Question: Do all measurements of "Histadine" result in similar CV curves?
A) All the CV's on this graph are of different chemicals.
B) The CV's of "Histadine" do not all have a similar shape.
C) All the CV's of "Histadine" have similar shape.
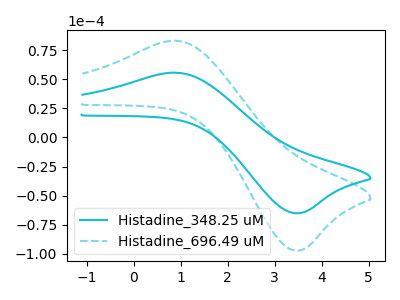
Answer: <think>The cyan curve "Histadine_348.25 uM" has an anodic peak at (0.90V, 55.60uA) and a cathodic peak at (3.45V, -65.10uA). The cyan dashed curve "Histadine_696.49 uM" has an anodic peak at (0.90V, 83.05uA) and a cathodic peak at (3.45V, -97.20uA).
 All the peaks in "Histadine_348.25 uM" have a peak in "Histadine_696.49 uM" at the same potential. Every peak in "Histadine_348.25 uM" is lower than every peak in "Histadine_696.49 uM".</think>
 <answer>C) All the CV's of "Histadine" have similar shape.</answer>
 <eval>C</eval>